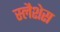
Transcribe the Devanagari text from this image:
स्लैशेस